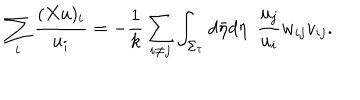
LaTeX: \sum _ { i } \frac { ( X u ) _ { i } } { u _ { i } } = - \frac { 1 } { k } \sum _ { i \neq j } \int _ { \Sigma _ { \tau } } d \bar { \eta } d \eta ~ ~ \frac { u _ { j } } { u _ { i } } w _ { i j } v _ { i j } .